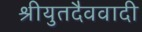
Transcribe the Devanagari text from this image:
श्रीयुतदैववादी